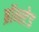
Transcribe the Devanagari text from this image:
ब्रॉन्स्टेड